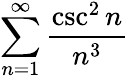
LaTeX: \sum_{n=1}^{\infty}{\frac{\csc^{2}n}{n^{3}}}